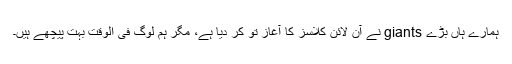
ہمارے ہاں بڑے giants نے آن لائن کلاسز کا آغاز تو کر دیا ہے، مگر ہم لوگ فی الوقت بہت پیچھے ہیں۔